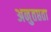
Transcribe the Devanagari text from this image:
अनुतप्तता